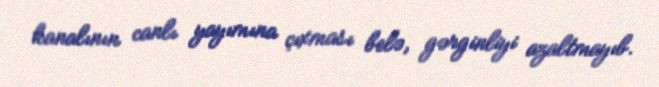
kanalının canlı yayımına çıxması belə, gərginliyi azaltmayıb.